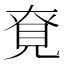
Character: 䙽